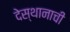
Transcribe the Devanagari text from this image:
देस्थानाची